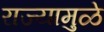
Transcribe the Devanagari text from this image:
राज्यामुळे